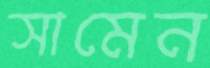
সামেন